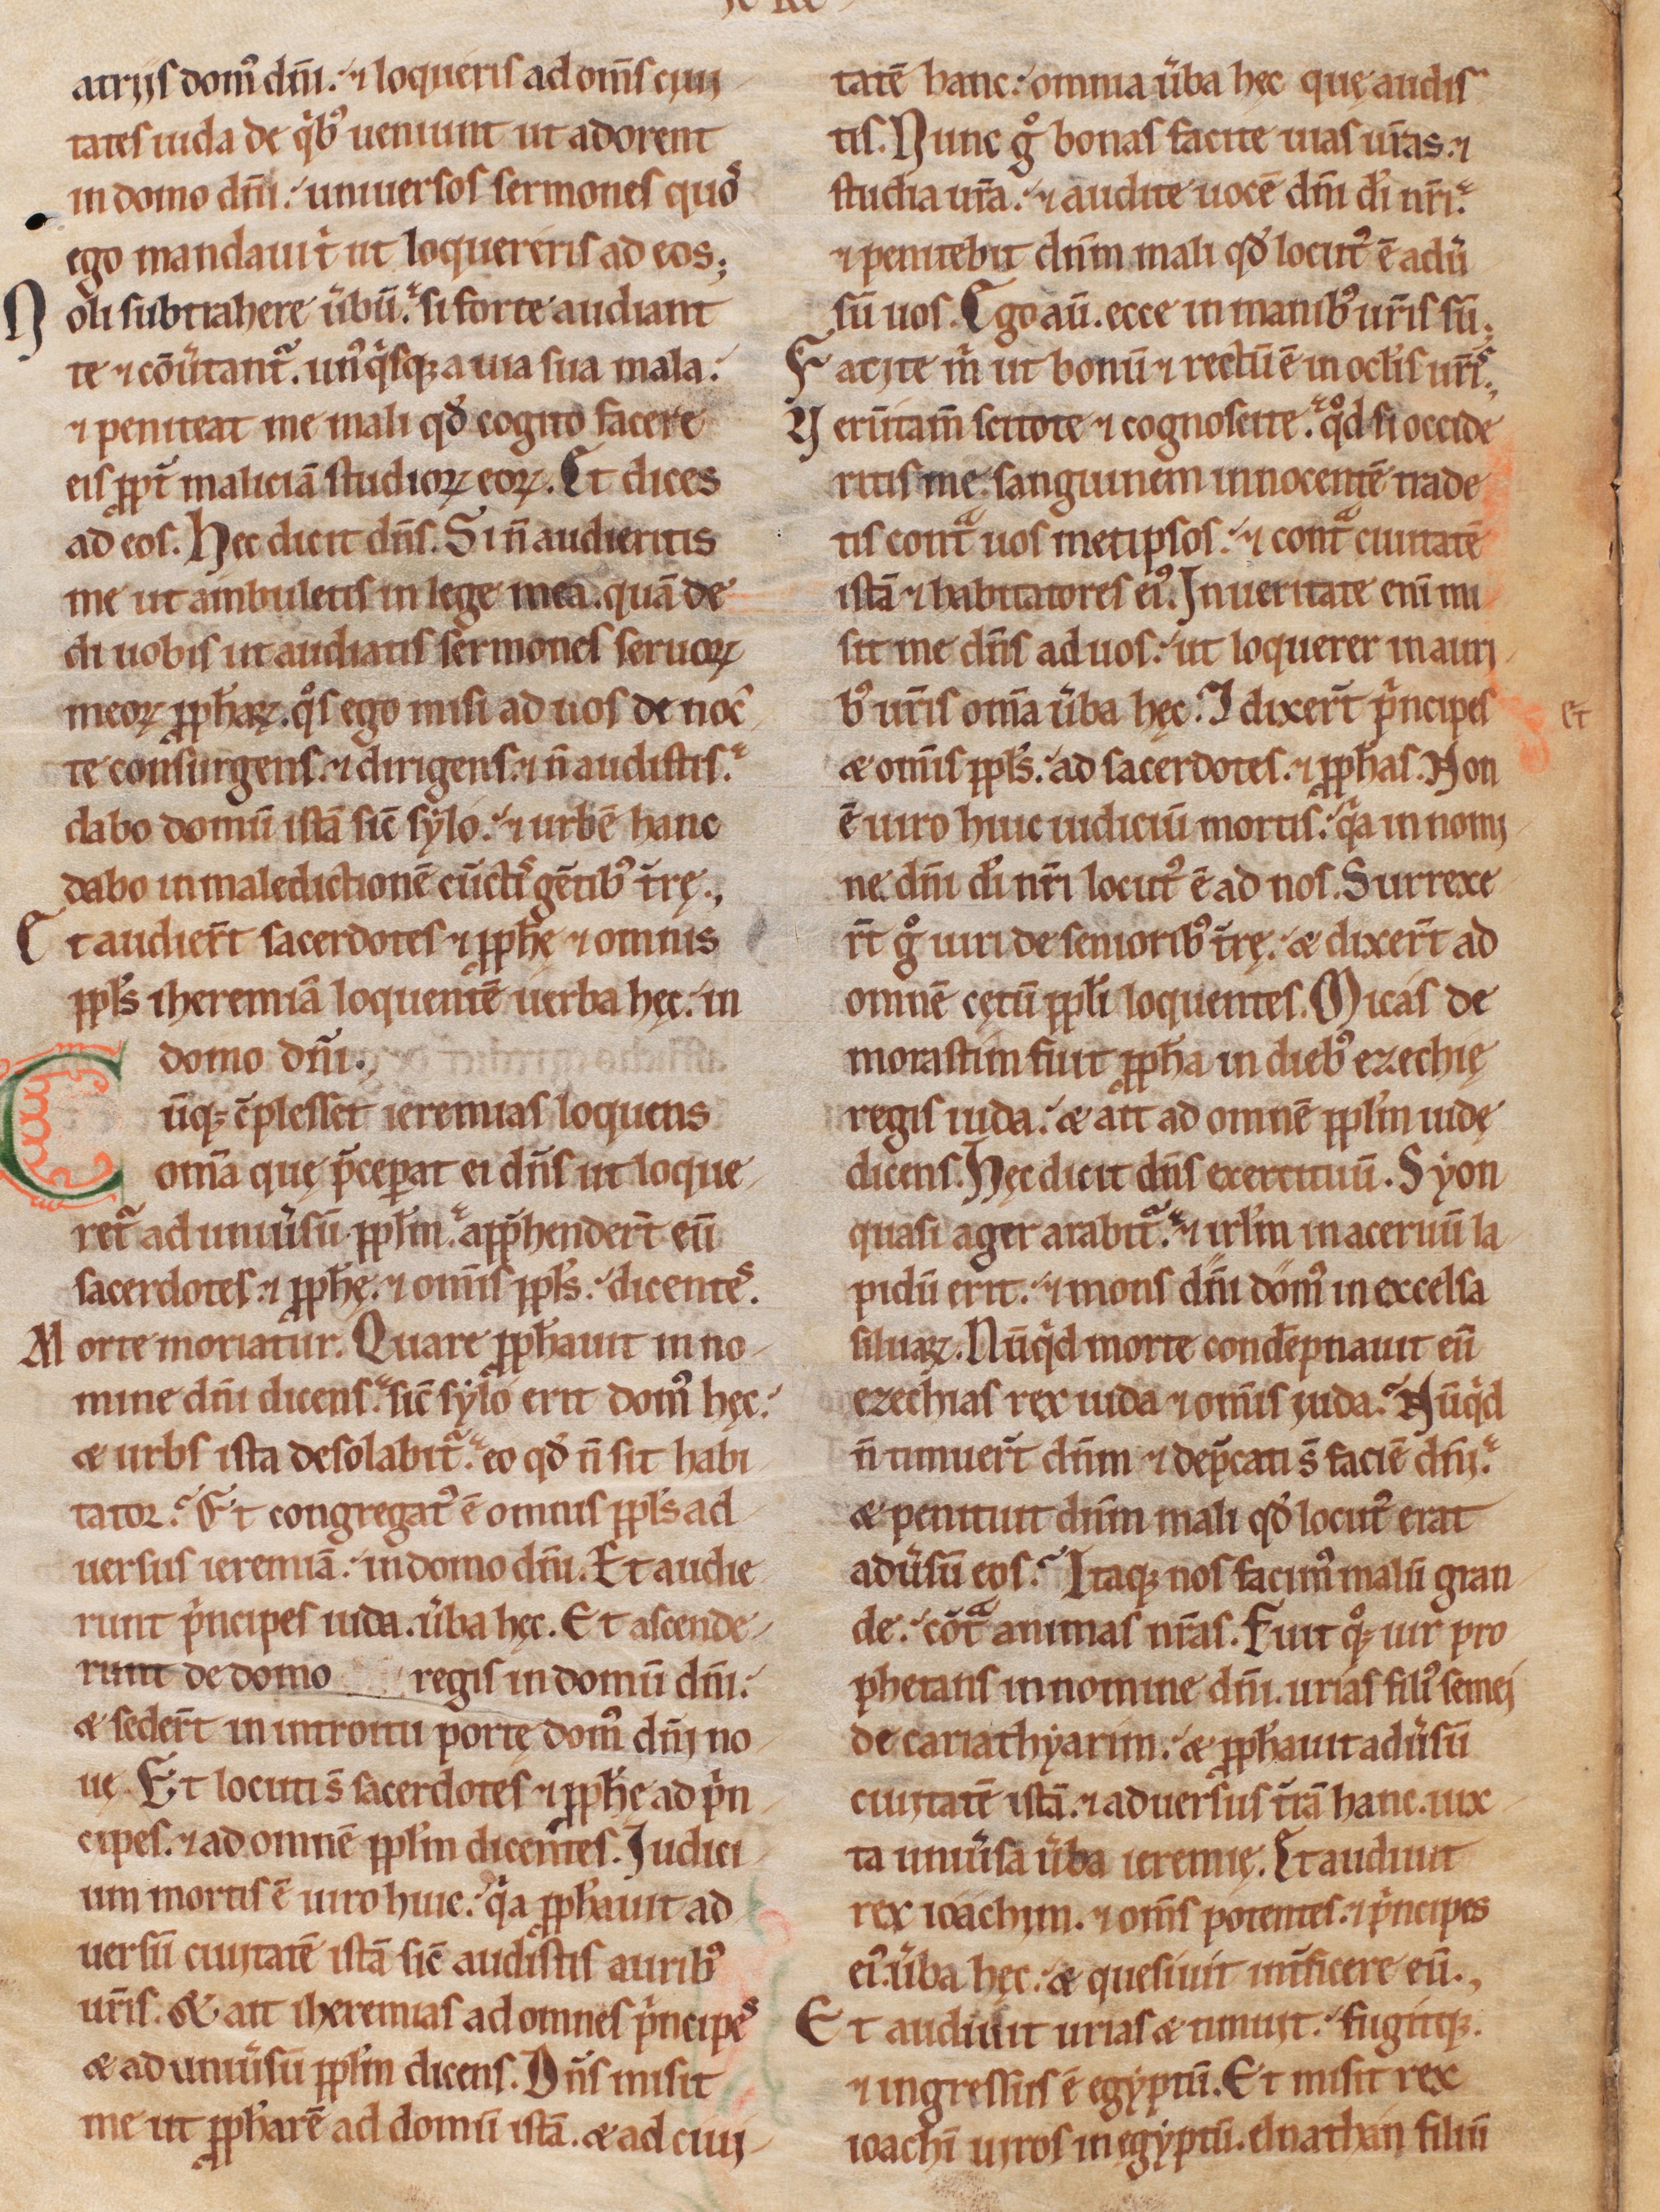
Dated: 1200–1249